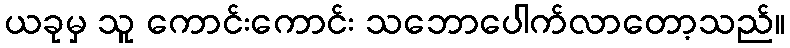
ယခုမှ သူ ကောင်းကောင်း သဘောပေါက်လာတော့သည်။